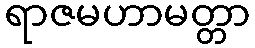
ရာဇမဟာမတ္တာ